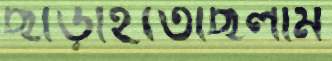
ছাড়াইতেছিলাম